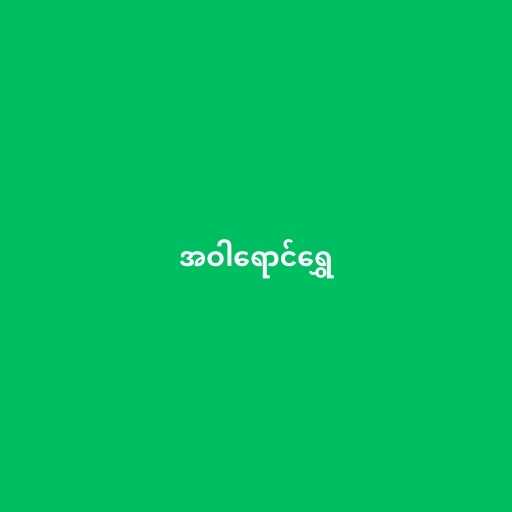
အဝါရောင်ရွှေ